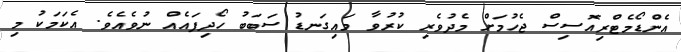
އެންޑޯމެޓްރިއޮސިސް ޖެހުމަށް މެދުވެރި ކުރުވާ މައިގަނޑު ސަބަބު ހޯދިފައެއް ނުވެއެވެ. އެކަމަކު މި